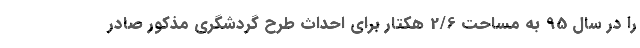
را در سال 95 به مساحت 2/6 هکتار برای احداث طرح گردشگری مذکور صادر